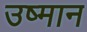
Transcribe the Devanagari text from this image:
उष्मान